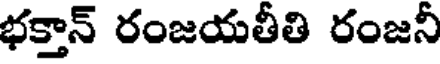
భక్తాన్ రంజయతీతి రంజనీ